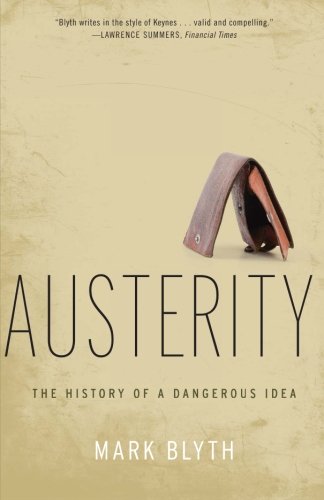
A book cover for Austerity: The History of a Dangerous Idea; Mark Blyth; Business & Money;